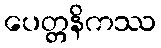
ပေတ္တနိကဿ